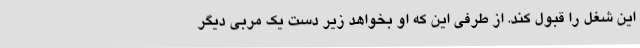
این شغل را قبول کند. از طرفی این که او بخواهد زیر دست یک مربی دیگر